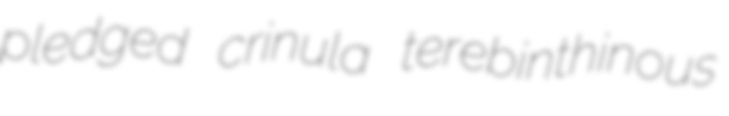
pledged crinula terebinthinous